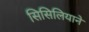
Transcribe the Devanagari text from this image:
सिसिलियाने